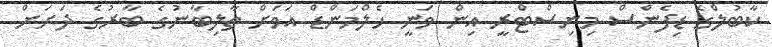
ކާބުލްގެ ޑިފެންސް މިނިސްޓްރީ އިން ވަނީ ހެލްމަންޑް އަވަށް ތާލިބާނުގެ ބާރުގެ ދަށަށް